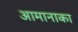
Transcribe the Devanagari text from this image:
आमानाका